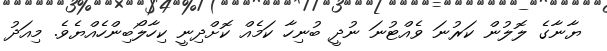
ޔާނާގެ ލޮލުން ކަރުނަ ވެއްޓުނަ ނުދީ ބުނިހާ ކަމެއް ކޮށްދިނީ ކިހާލޯބިންހެެއްޔެވެ. މިއަދު